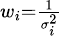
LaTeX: \scriptstyle w_{i}={\frac{1}{\sigma_{i}^{2}}}